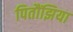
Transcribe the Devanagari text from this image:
पितौंझिया